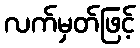
လက်မှတ်ဖြင့်